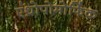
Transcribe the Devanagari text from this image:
एंथ्रोपोमोर्फिक